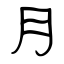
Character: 月